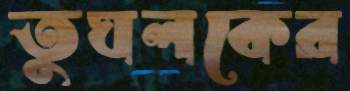
তুঘলকের